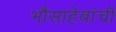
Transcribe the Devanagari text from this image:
भौसाहेबांची